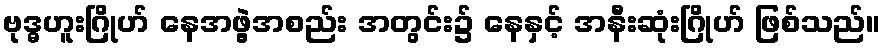
ဗုဒ္ဓဟူးဂြိုဟ် နေအဖွဲ့အစည်း အတွင်း၌ နေနှင့် အနီးဆုံးဂြိုဟ် ဖြစ်သည်။